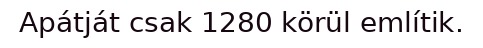
Apátját csak 1280 körül említik.